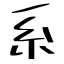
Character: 系